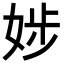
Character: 𡝃